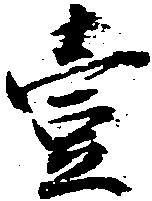
壱